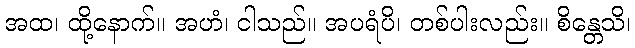
အထ၊ ထို့နောက်။ အဟံ၊ ငါသည်။ အပရံပိ၊ တစ်ပါးလည်း။ စိန္တေသိ၊